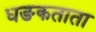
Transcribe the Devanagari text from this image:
धङकताता